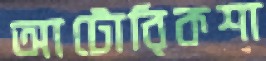
আটোরিকশা